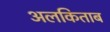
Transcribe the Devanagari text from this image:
अलकिताब